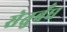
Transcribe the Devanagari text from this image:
सेतुबँध